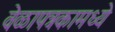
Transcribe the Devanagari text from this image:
वेळापत्रकामध्ये